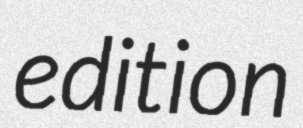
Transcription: edition